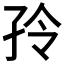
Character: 𰌤